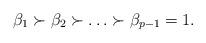
LaTeX: \begin{align*} \beta_1\succ \beta_2\succ \ldots \succ \beta_{p-1}=1. \end{align*}